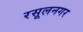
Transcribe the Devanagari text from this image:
रसूलनगर